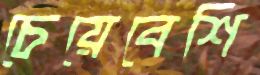
চেয়েবেশি